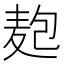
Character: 𮮆